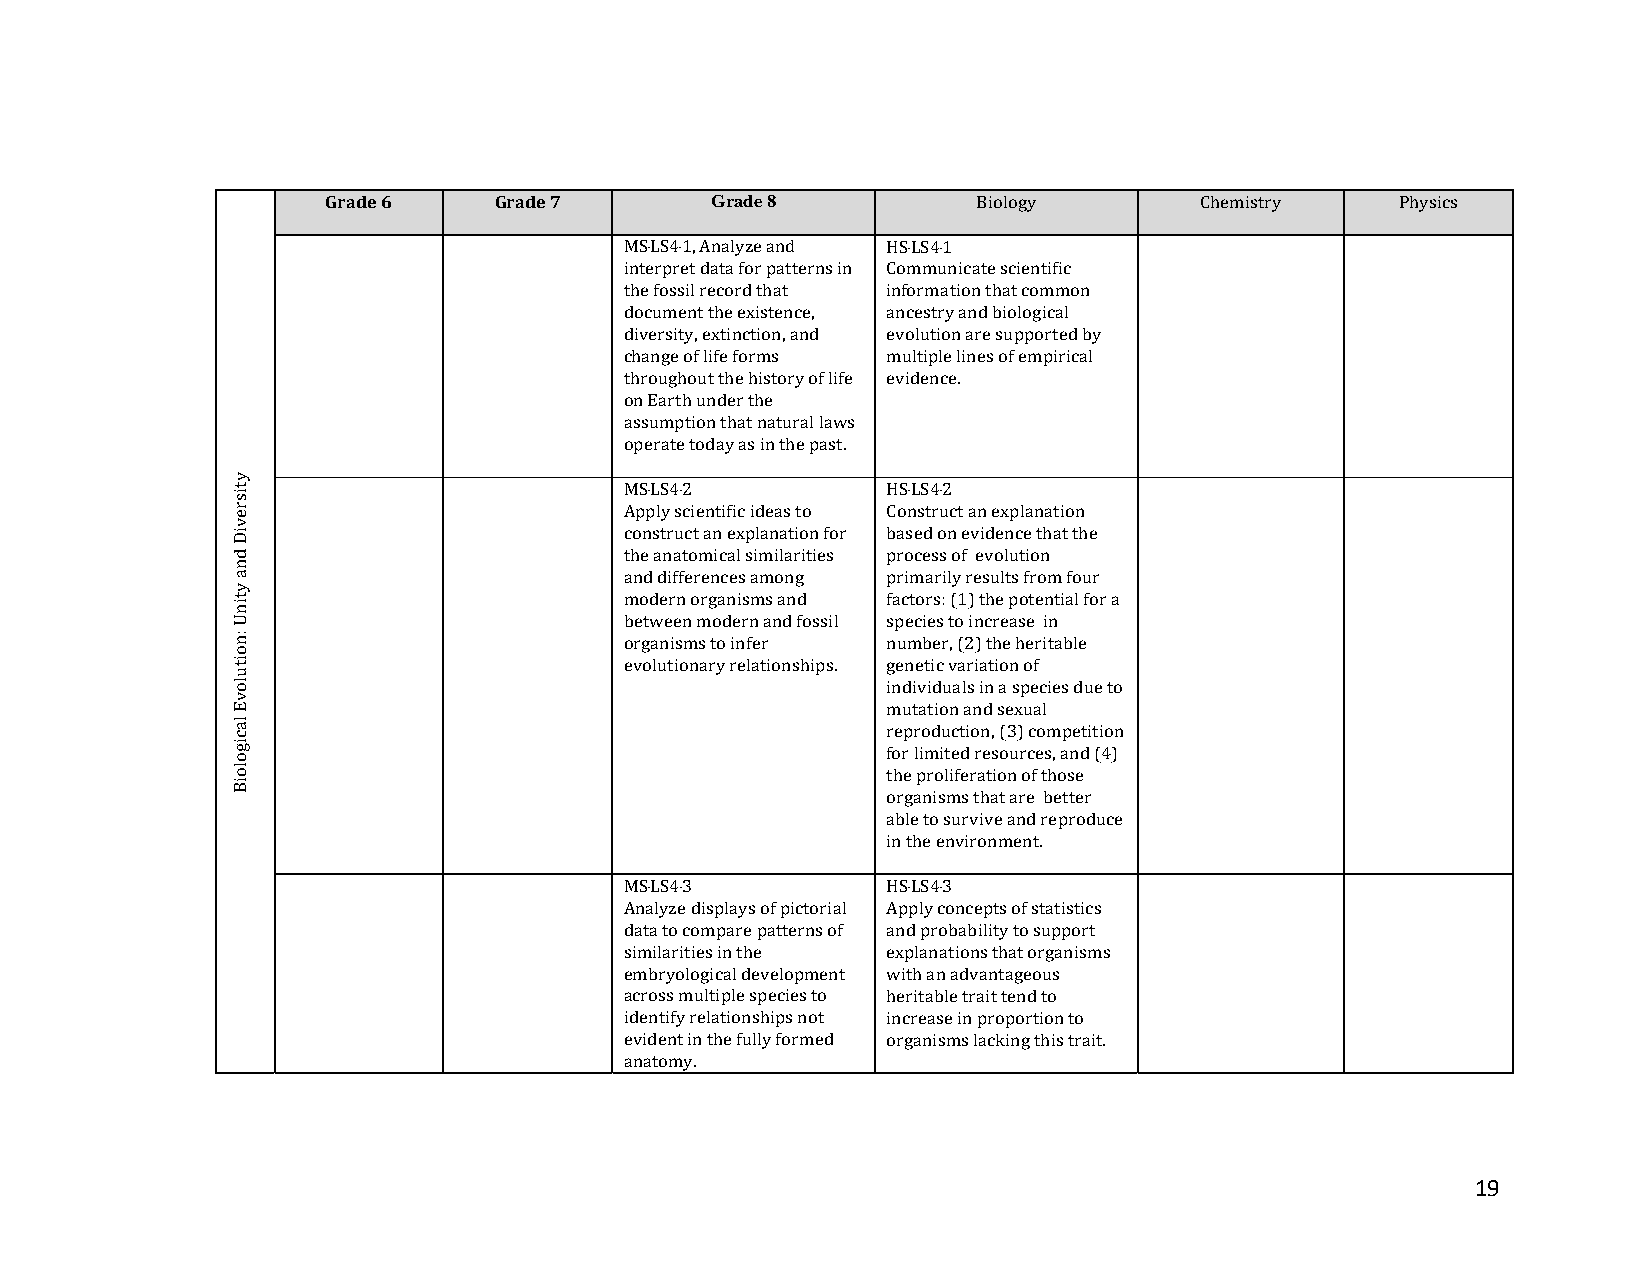
Grade 6    Grade 7       Grade 8           Biology       Chemistry     Physics
 MS‐LS4‐1, Analyze and HS‐LS4‐1
 interpret data for patterns in Communicate scientific
 the fossil record that information that common
 document the existence, ancestry and biological
 diversity, extinction, and evolution are supported by
 change of life forms multiple lines of empirical
 throughout the history of life evidence.
 on Earth under the
 assumption that natural laws
 operate today as in the past.
 MS‐LS4‐2          HS‐LS4‐2
 Apply scientific ideas to Construct an explanation
 construct an explanation for based on evidence that the
 the anatomical similarities process of evolution
 and differences among primarily results from four
 modern organisms and factors: (1) the potential for a
 between modern and fossil species to increase in
 organisms to infer number, (2) the heritable
 evolutionary relationships. genetic variation of
 individuals in a species due to
 mutation and sexual
 reproduction, (3) competition
 for limited resources, and (4)
 the proliferation of those
 organisms that are better
 able to survive and reproduce
 in the environment.
 MS‐LS4‐3          HS‐LS4‐3
 Analyze displays of pictorial Apply concepts of statistics
 data to compare patterns of and probability to support
 similarities in the explanations that organisms
 embryological development with an advantageous
 across multiple species to heritable trait tend to
 identify relationships not increase in proportion to
 evident in the fully formed organisms lacking this trait.
 anatomy.
 19
 ytisreviD
 dna
 ytinU
 :noitulovE
 lacigoloiB